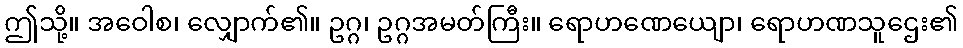
ဤသို့။ အဝေါစ၊ လျှောက်၏။ ဥဂ္ဂ၊ ဥဂ္ဂအမတ်ကြီး။ ရောဟဏေယျော၊ ရောဟဏသူဌေး၏